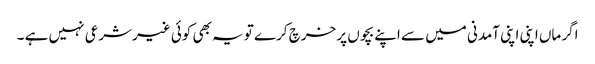
اگر ماں اپنی اپنی آمدنی میں سے اپنے بچوں پر خرچ کرے تو یہ بھی کوئی غیرشرعی نہیں ہے ۔